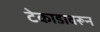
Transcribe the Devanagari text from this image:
टेकाडावरून